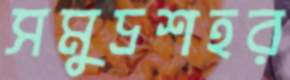
সমুদ্রশহর